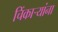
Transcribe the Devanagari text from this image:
चिंकाऱ्यांना